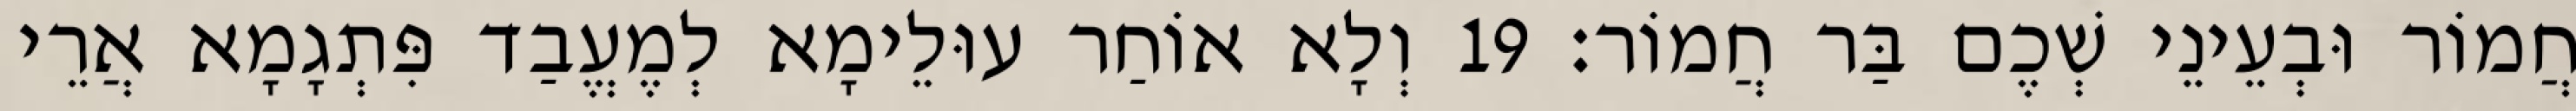
חֲמוֹר וּבְעֵינֵי שְׁכֶם בַּר חֲמוֹר׃ 19 וְלָא אוֹחַר עוּלֵימָא לְמֶעֱבַד פִּתְגָמָא אֲרֵי